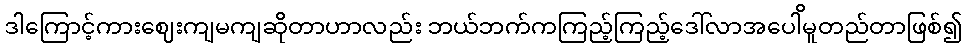
ဒါကြောင့်ကားဈေးကျမကျဆိုတာဟာလည်း ဘယ်ဘက်ကကြည့်ကြည့်ဒေါ်လာအပေါိမူတည်တာဖြစ်၍